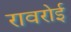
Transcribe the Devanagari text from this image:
रावरोई